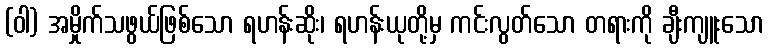
(ဝါ) အမှိုက်သဖွယ်ဖြစ်သော ရဟန်းဆိုး၊ ရဟန်းယုတို့မှ ကင်းလွတ်သော တရားကို ချီးကျူးသော